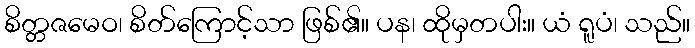
စိတ္တဇမေဝ၊ စိတ်ကြောင့်သာ ဖြစ်၏။ ပန၊ ထိုမှတပါး။ ယံ ရူပံ၊ သည်။